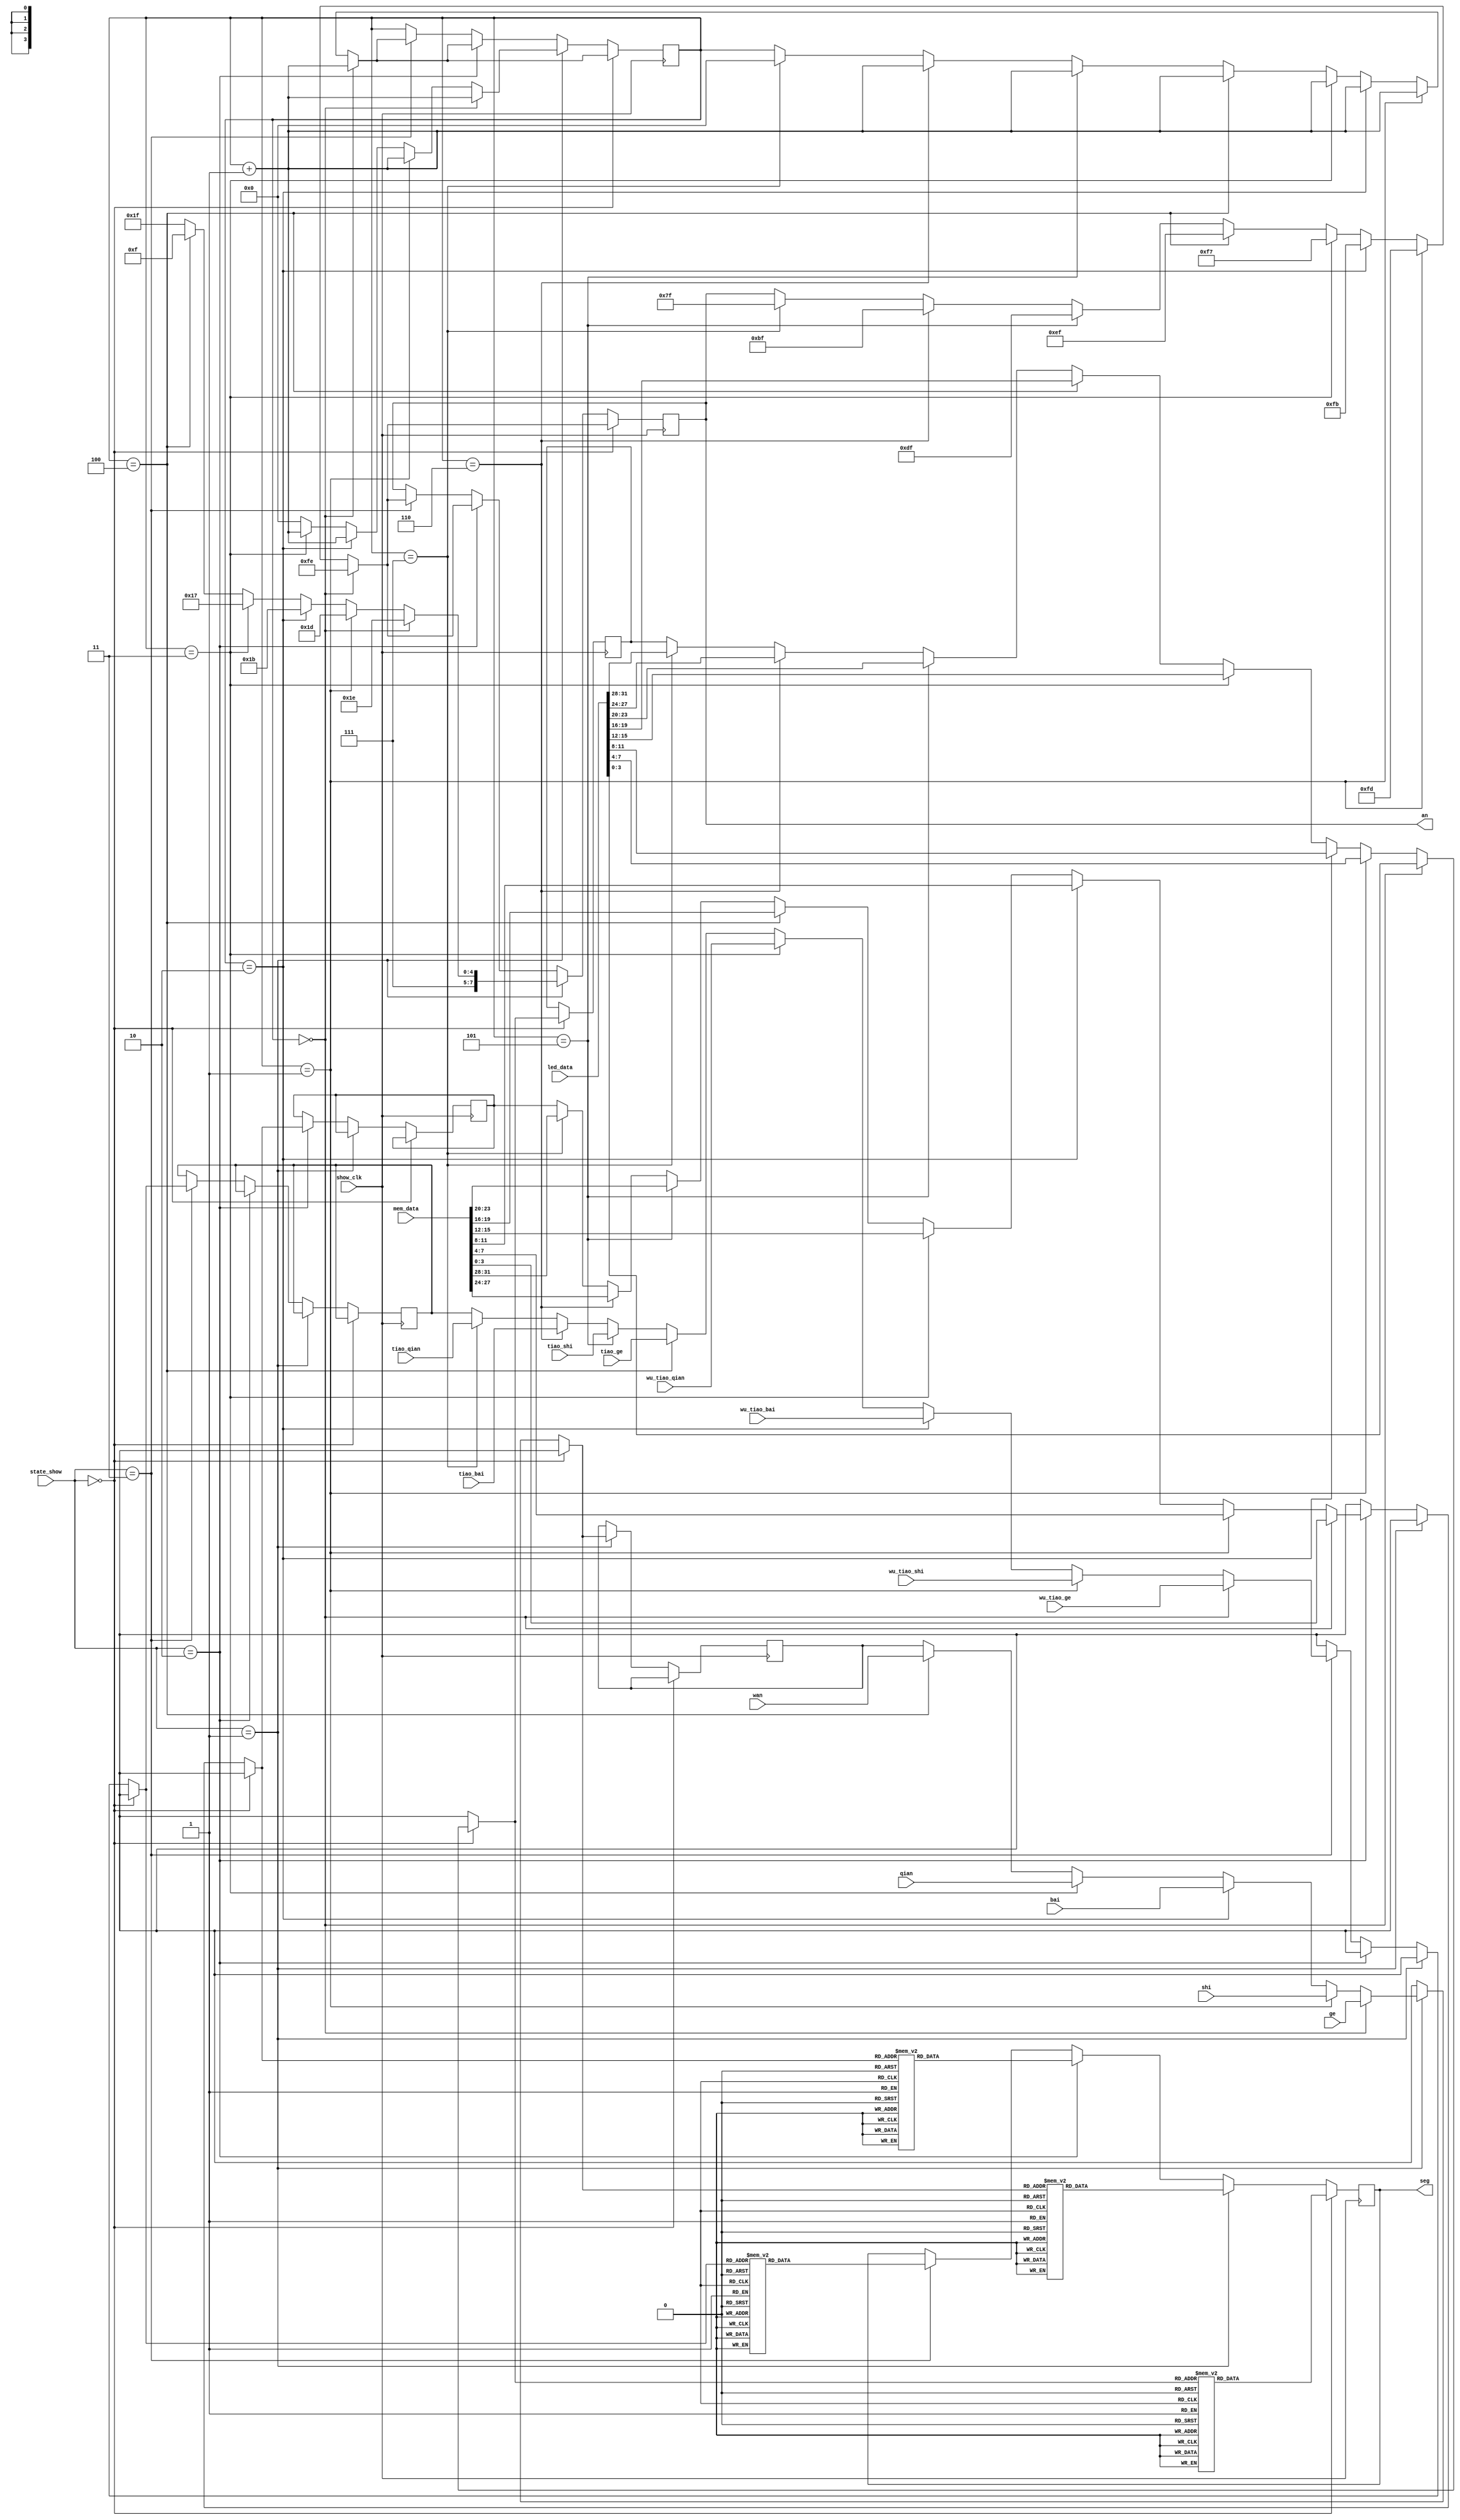
`timescale 1ns / 1ps
//////////////////////////////////////////////////////////////////////////////////
// Company: 
// Engineer: 
// 
// Design Name: 
// Module Name: Show
// Project Name: 
// Target Devices: 
// Tool Versions: 
// Description: 
// 
// Dependencies: 
// 
// Revision:
// Revision 0.01 - File Created
// Additional Comments:
// 
//////////////////////////////////////////////////////////////////////////////////


module Show(show_clk,state_show,led_data,   mem_data,  ge,shi,bai,qian,wan,  tiao_ge,tiao_shi,tiao_bai,tiao_qian,  wu_tiao_ge,wu_tiao_shi,wu_tiao_bai,wu_tiao_qian, seg,an);
input show_clk;
input [1:0]state_show;
input [31:0]led_data;

input [31:0]mem_data;

input [3:0]ge;
input [3:0]shi;
input [3:0]bai;
input [3:0]qian;
input [3:0]wan;

input [3:0]tiao_ge;
input [3:0]tiao_shi;
input [3:0]tiao_bai;
input [3:0]tiao_qian;

input [3:0]wu_tiao_ge;
input [3:0]wu_tiao_shi;
input [3:0]wu_tiao_bai;
input [3:0]wu_tiao_qian;

output reg[7:0]seg;
output reg[7:0]an;

reg [3:0]num;
reg [3:0]temp;
reg [3:0]temp2;
reg [3:0]temp3;
reg [3:0]temp4;
initial begin
    an=8'b11111111;
   temp= 0 ;
   temp2= 0 ;
   temp3= 0 ;
   temp4 = 0;
    num=0;
    seg = 0;
end
//always@(posedge clk)  //
//begin
//    Clkn(clk,frequence,clk_N);
//    xianshi_clk(clk,show_clk);
//end


always@(posedge show_clk)
begin
    if(state_show==0) //leddata
    begin
        if(num==0)
        begin
            temp=led_data[3:0];
            an=8'b11111110;
            num=num+1;
        end
        else if(num==1)
        begin
            temp=led_data[7:4];
            an=8'b11111101;
            num=num+1;
        end
        else if(num==2)
        begin
            temp=led_data[11:8];
            an=8'b11111011;
            num=num+1;
        end
        else if(num==3)
        begin
            temp=led_data[15:12];
            an=8'b11110111;
            num=num+1;
        end
        else if(num==4)
        begin
            temp=led_data[19:16];
            an=8'b11101111;
            num=num+1;
        end
        else if(num==5)
        begin
            temp=led_data[23:20];
            an=8'b11011111;
            num=num+1;
        end
        else if(num==6)
        begin
            temp=led_data[27:24];
            an=8'b10111111;
            num=num+1;
        end
        else if(num==7)
        begin
            temp=led_data[31:28];
            an=8'b01111111;
            num=0;
        end
        else
        begin
        end
        
        case(temp)
            4'b0000:seg = 8'b11000000;
            4'b0001:seg = 8'b11111001;
            4'b0010: seg = 8'b10100100;
            4'b0011: seg = 8'b10110000;
            4'b0100: seg = 8'b10011001;
            4'b0101: seg = 8'b10010010;
            4'b0110: seg = 8'b10000010;
            4'b0111: seg = 8'b11111000;
            4'b1000:seg = 8'b10000000;
            4'b1001:seg = 8'b10011000;
            4'b1010: seg = 8'b10001000;
            4'b1011: seg = 8'b10000011;
            4'b1100: seg = 8'b11000110;
            4'b1101: seg = 8'b10100001;
            4'b1110: seg = 8'b10000110;
            4'b1111: seg = 8'b10001110;        
        endcase
    end
    
    
    else if(state_show==1)//
    begin
        if(num==0)
        begin
            temp2=ge;
            an=8'b11111110;
            num=num+1;
        end
        else if(num==1)
        begin
            temp2=shi;
            an=8'b11111101;
            num=num+1;
        end
        else if(num==2)
        begin
            temp2=bai;
            an=8'b11111011;
            num=num+1;
        end
        else if(num==3)
        begin
            temp2=qian;
            an=8'b11110111;
            num=num+1;
        end
        else if(num==4)
        begin
            temp2=wan;
            an=8'b11101111;
            num=0;
        end
        else
        begin
            an=8'b11111111;
            num=0;
        end
        case(temp2)
            4'b0000:seg = 8'b11000000;
            4'b0001:seg = 8'b11111001;
            4'b0010: seg = 8'b10100100;
            4'b0011: seg = 8'b10110000;
            4'b0100: seg = 8'b10011001;
            4'b0101: seg = 8'b10010010;
            4'b0110: seg = 8'b10000010;
            4'b0111: seg = 8'b11111000;
            4'b1000:seg = 8'b10000000;
            4'b1001:seg = 8'b10011000;
            4'b1010: seg = 8'b10001000;
            4'b1011: seg = 8'b10000011;
            4'b1100: seg = 8'b11000110;
            4'b1101: seg = 8'b10100001;
            4'b1110: seg = 8'b10000110;
            4'b1111: seg = 8'b10001110;        
        endcase
    end
    
    else if(state_show==2) //
    begin
        if(num==0)
        begin
            temp3=mem_data[3:0];
            an=8'b11111110;
            num=num+1;
        end
        else if(num==1)
        begin
            temp3=mem_data[7:4];
            an=8'b11111101;
            num=num+1;
        end
        else if(num==2)
        begin
            temp3=mem_data[11:8];
            an=8'b11111011;
            num=num+1;
        end
        else if(num==3)
        begin
            temp3=mem_data[15:12];
            an=8'b11110111;
            num=num+1;
        end
        else if(num==4)
        begin
            temp3=mem_data[19:16];
            an=8'b11101111;
            num=num+1;
        end
        else if(num==5)
        begin
            temp3=mem_data[23:20];
            an=8'b11011111;
            num=num+1;
        end
        else if(num==6)
        begin
            temp3=mem_data[27:24];
            an=8'b10111111;
            num=num+1;
        end
        else if(num==7)
        begin
            temp3=mem_data[31:28];
            an=8'b01111111;
            num=0;
        end
        else
        begin
        end
        case(temp3)
            4'b0000:seg = 8'b11000000;
            4'b0001:seg = 8'b11111001;
            4'b0010: seg = 8'b10100100;
            4'b0011: seg = 8'b10110000;
            4'b0100: seg = 8'b10011001;
            4'b0101: seg = 8'b10010010;
            4'b0110: seg = 8'b10000010;
            4'b0111: seg = 8'b11111000;
            4'b1000:seg = 8'b10000000;
            4'b1001:seg = 8'b10011000;
            4'b1010: seg = 8'b10001000;
            4'b1011: seg = 8'b10000011;
            4'b1100: seg = 8'b11000110;
            4'b1101: seg = 8'b10100001;
            4'b1110: seg = 8'b10000110;
            4'b1111: seg = 8'b10001110;        
        endcase
    end
    else if(state_show==3) //
    begin
        if(num==0)
        begin
            temp4=wu_tiao_ge;
            an=8'b11111110;
            num=num+1;
        end
        else if(num==1)
        begin
            temp4=wu_tiao_shi;
            an=8'b11111101;
            num=num+1;
        end
        else if(num==2)
        begin
            temp4=wu_tiao_bai;
            an=8'b11111011;
            num=num+1;
        end
        else if(num==3)
        begin
           temp4=wu_tiao_qian;
            an=8'b11110111;
            num=num+1;
        end
        else if(num==4)
        begin
            temp4=tiao_ge;
            an=8'b11101111;
            num=num+1;
        end
        else if(num==5)
        begin
            temp4=tiao_shi;
            an=8'b11011111;
            num=num+1;
        end
        else if(num==6)
        begin
            temp4=tiao_bai;
            an=8'b10111111;
            num=num+1;
        end
        else if(num==7)
        begin
            temp4=tiao_qian;
            an=8'b01111111;
            num=0;
        end
        else 
        begin
        end
        case(temp4)
            4'b0000:seg = 8'b11000000;
            4'b0001:seg = 8'b11111001;
            4'b0010: seg = 8'b10100100;
            4'b0011: seg = 8'b10110000;
            4'b0100: seg = 8'b10011001;
            4'b0101: seg = 8'b10010010;
            4'b0110: seg = 8'b10000010;
            4'b0111: seg = 8'b11111000;
            4'b1000:seg = 8'b10000000;
            4'b1001:seg = 8'b10011000;
            4'b1010: seg = 8'b10001000;
            4'b1011: seg = 8'b10000011;
            4'b1100: seg = 8'b11000110;
            4'b1101: seg = 8'b10100001;
            4'b1110: seg = 8'b10000110;
            4'b1111: seg = 8'b10001110;        
        endcase
    end
    else 
    begin
    end
end
endmodule